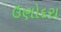
ઉણોદરા